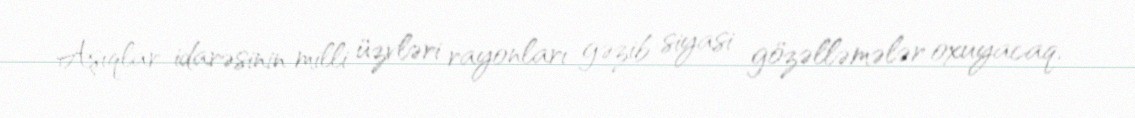
Aşıqlar idarəsinin milli üzvləri rayonları gəzib siyasi gözəlləmələr oxuyacaq,